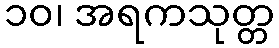
၁၀၊ အရကသုတ္တ